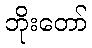
ဘိုးတော်